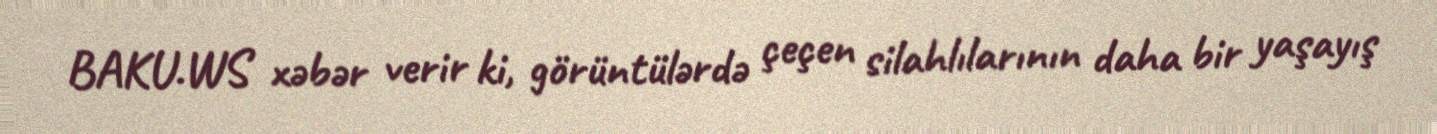
BAKU.WS xəbər verir ki, görüntülərdə çeçen silahlılarının daha bir yaşayış